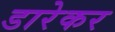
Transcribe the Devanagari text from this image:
डारेकर